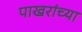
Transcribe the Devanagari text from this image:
पाखरांच्या